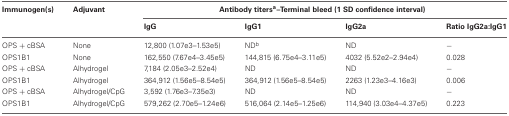
<table><thead><tr><td><b>Immunogen(s)</b></td><td><b>Adjuvant</b></td><td colspan="4"><b>Antibody titers<sup>a</sup>–Terminal bleed (1 SD confidence interval)</b></td></tr><tr><td></td><td></td><td><b>IgG</b></td><td><b>IgG1</b></td><td><b>IgG2a</b></td><td><b>Ratio IgG2a:IgG1</b></td></tr></thead><tbody><tr><td>OPS + cBSA</td><td>None</td><td>12,800 (1.07e3–1.53e5)</td><td>ND<sup>b</sup></td><td>ND</td><td>−</td></tr><tr><td>OPS1B1</td><td>None</td><td>162,550 (7.67e4–3.45e5)</td><td>144,815 (6.75e4–3.11e5)</td><td>4032 (5.52e2–2.94e4)</td><td>0.028</td></tr><tr><td>OPS + cBSA</td><td>Alhydrogel</td><td>7,184 (2.05e3–2.52e4)</td><td>ND</td><td>ND</td><td>−</td></tr><tr><td>OPS1B1</td><td>Alhydrogel</td><td>364,912 (1.56e5–8.54e5)</td><td>364,912 (1.56e5–8.54e5)</td><td>2263 (1.23e3–4.16e3)</td><td>0.006</td></tr><tr><td>OPS + cBSA</td><td>Alhydrogel/CpG</td><td>3,592 (1.76e3–7.35e3)</td><td>ND</td><td>ND</td><td>−</td></tr><tr><td>OPS1B1</td><td>Alhydrogel/CpG</td><td>579,262 (2.70e5–1.24e6)</td><td>516,064 (2.14e5–1.25e6)</td><td>114,940 (3.03e4–4.37e5)</td><td>0.223</td></tr></tbody></table>